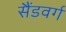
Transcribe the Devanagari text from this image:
सैंडवर्ग